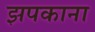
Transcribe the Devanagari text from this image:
झपकाना